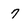
Character: 7